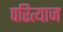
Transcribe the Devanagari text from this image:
परित्याज